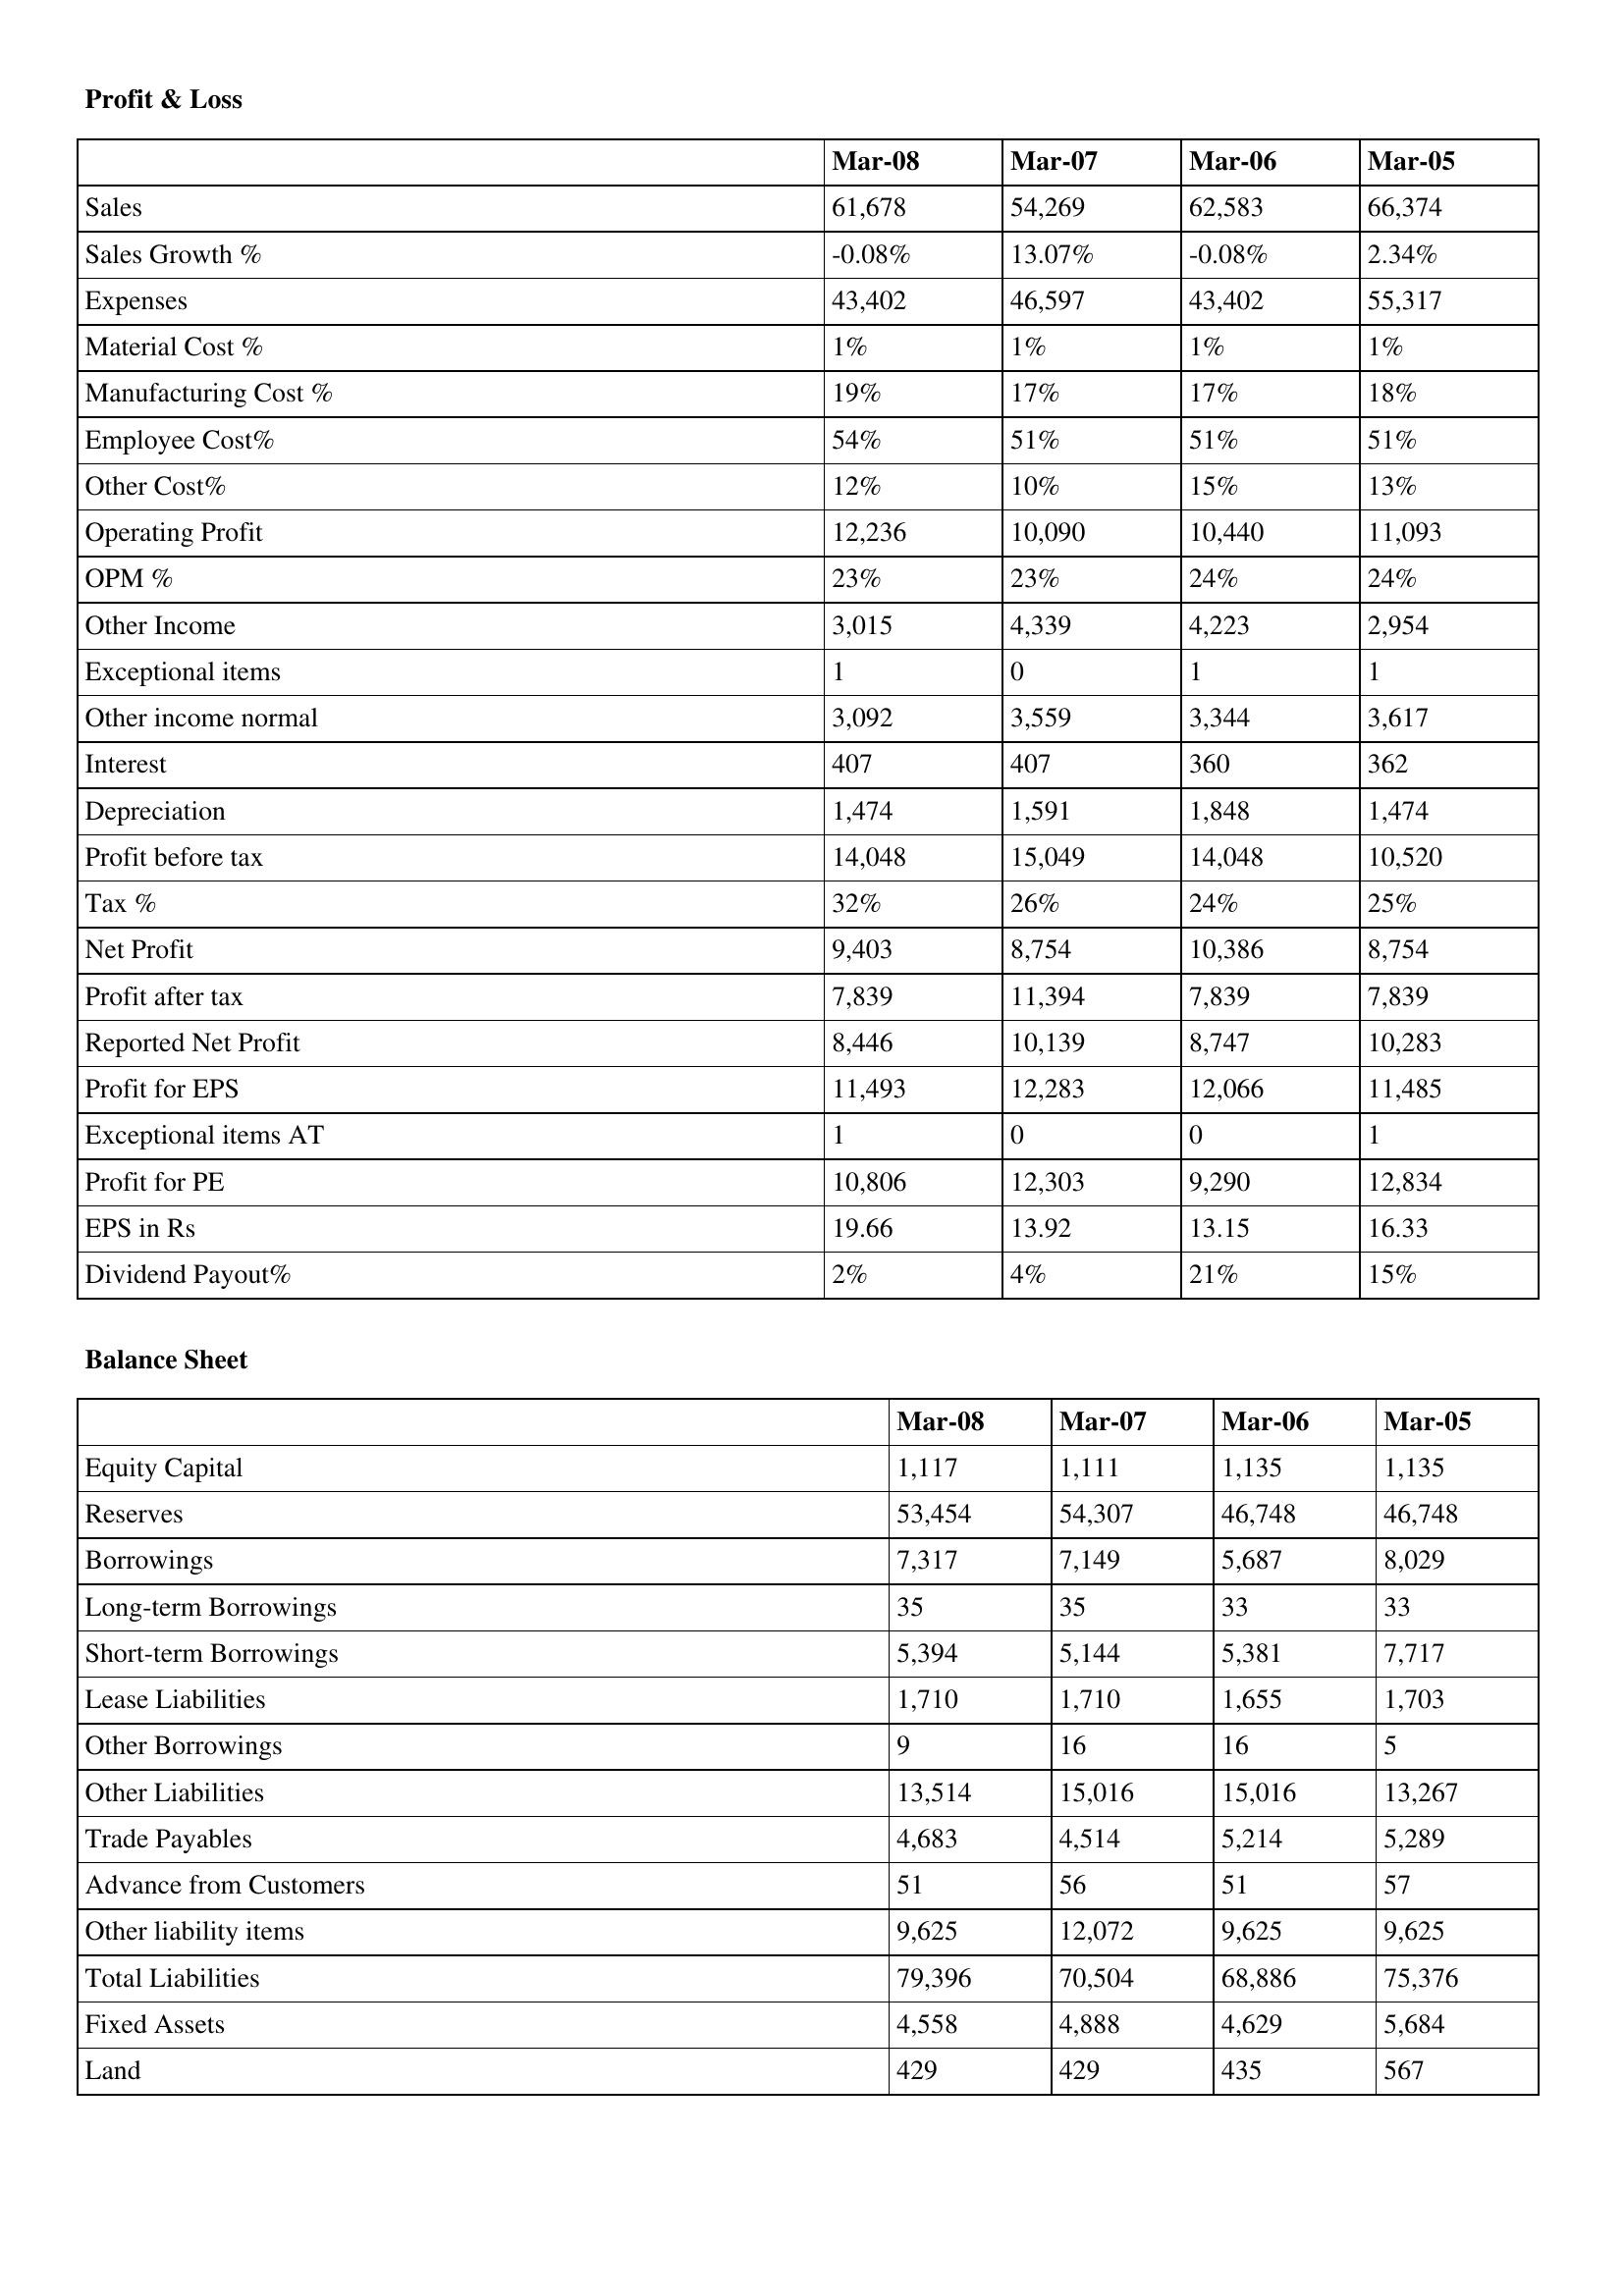
gt_parse: Mar-08: Profit & Loss: Sales: 61,678
Sales Growth %: -0.08%
Expenses: 43,402
Material Cost %: 1%
Manufacturing Cost %: 19%
Employee Cost%: 54%
Other Cost%: 12%
Operating Profit: 12,236
OPM %: 23%
Other Income: 3,015
Exceptional items: 1
Other income normal: 3,092
Interest: 407
Depreciation: 1,474
Profit before tax: 14,048
Tax %: 32%
Net Profit: 9,403
Profit after tax: 7,839
Reported Net Profit: 8,446
Profit for EPS: 11,493
Exceptional items AT: 1
Profit for PE: 10,806
EPS in Rs: 19.66
Dividend Payout%: 2%
Balance Sheet: Equity Capital: 1,117
Reserves: 53,454
Borrowings: 7,317
Long-term Borrowings: 35
Short-term Borrowings: 5,394
Lease Liabilities: 1,710
Other Borrowings: 9
Other Liabilities: 13,514
Trade Payables: 4,683
Advance from Customers: 51
Other liability items: 9,625
Total Liabilities: 79,396
Fixed Assets: 4,558
Land: 429
Mar-07: Profit & Loss: Sales: 54,269
Sales Growth %: 13.07%
Expenses: 46,597
Material Cost %: 1%
Manufacturing Cost %: 17%
Employee Cost%: 51%
Other Cost%: 10%
Operating Profit: 10,090
OPM %: 23%
Other Income: 4,339
Exceptional items: 0
Other income normal: 3,559
Interest: 407
Depreciation: 1,591
Profit before tax: 15,049
Tax %: 26%
Net Profit: 8,754
Profit after tax: 11,394
Reported Net Profit: 10,139
Profit for EPS: 12,283
Exceptional items AT: 0
Profit for PE: 12,303
EPS in Rs: 13.92
Dividend Payout%: 4%
Balance Sheet: Equity Capital: 1,111
Reserves: 54,307
Borrowings: 7,149
Long-term Borrowings: 35
Short-term Borrowings: 5,144
Lease Liabilities: 1,710
Other Borrowings: 16
Other Liabilities: 15,016
Trade Payables: 4,514
Advance from Customers: 56
Other liability items: 12,072
Total Liabilities: 70,504
Fixed Assets: 4,888
Land: 429
Mar-06: Profit & Loss: Sales: 62,583
Sales Growth %: -0.08%
Expenses: 43,402
Material Cost %: 1%
Manufacturing Cost %: 17%
Employee Cost%: 51%
Other Cost%: 15%
Operating Profit: 10,440
OPM %: 24%
Other Income: 4,223
Exceptional items: 1
Other income normal: 3,344
Interest: 360
Depreciation: 1,848
Profit before tax: 14,048
Tax %: 24%
Net Profit: 10,386
Profit after tax: 7,839
Reported Net Profit: 8,747
Profit for EPS: 12,066
Exceptional items AT: 0
Profit for PE: 9,290
EPS in Rs: 13.15
Dividend Payout%: 21%
Balance Sheet: Equity Capital: 1,135
Reserves: 46,748
Borrowings: 5,687
Long-term Borrowings: 33
Short-term Borrowings: 5,381
Lease Liabilities: 1,655
Other Borrowings: 16
Other Liabilities: 15,016
Trade Payables: 5,214
Advance from Customers: 51
Other liability items: 9,625
Total Liabilities: 68,886
Fixed Assets: 4,629
Land: 435
Mar-05: Profit & Loss: Sales: 66,374
Sales Growth %: 2.34%
Expenses: 55,317
Material Cost %: 1%
Manufacturing Cost %: 18%
Employee Cost%: 51%
Other Cost%: 13%
Operating Profit: 11,093
OPM %: 24%
Other Income: 2,954
Exceptional items: 1
Other income normal: 3,617
Interest: 362
Depreciation: 1,474
Profit before tax: 10,520
Tax %: 25%
Net Profit: 8,754
Profit after tax: 7,839
Reported Net Profit: 10,283
Profit for EPS: 11,485
Exceptional items AT: 1
Profit for PE: 12,834
EPS in Rs: 16.33
Dividend Payout%: 15%
Balance Sheet: Equity Capital: 1,135
Reserves: 46,748
Borrowings: 8,029
Long-term Borrowings: 33
Short-term Borrowings: 7,717
Lease Liabilities: 1,703
Other Borrowings: 5
Other Liabilities: 13,267
Trade Payables: 5,289
Advance from Customers: 57
Other liability items: 9,625
Total Liabilities: 75,376
Fixed Assets: 5,684
Land: 567